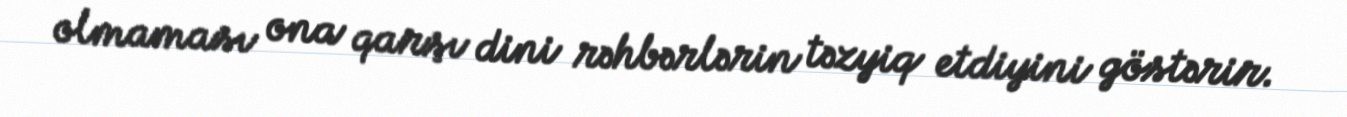
olmaması ona qarşı dini rəhbərlərin təzyiq etdiyini göstərir.